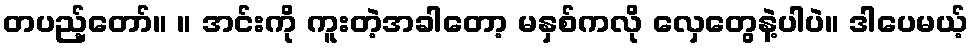
တပည့်တော်။ ။ အင်းကို ကူးတဲ့အခါတော့ မနှစ်ကလို လှေတွေနဲ့ပါပဲ။ ဒါပေမယ့်